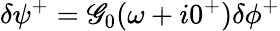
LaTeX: \delta\psi^{+}=\mathscr{G}_{0}(\omega+i0^{+})\delta\phi^{+}